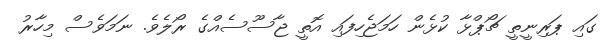
ގައި ޕަރިނީތީ ޗޯޕްޅާ ކުޅެން ހަމަޖެހިފައި އޮތީ ޖާސޫސެއްގެ ރޯލެވެ. ނަމަވެސް މިހާރު